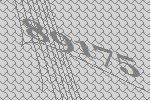
89175